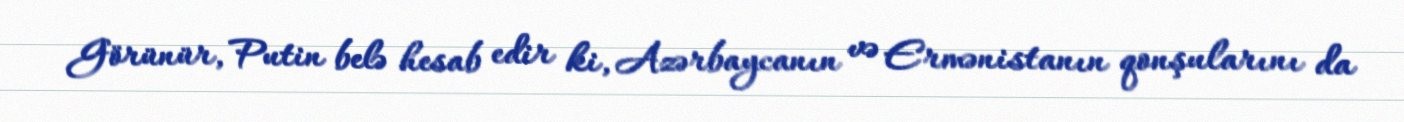
Görünür, Putin belə hesab edir ki, Azərbaycanın və Ermənistanın qonşularını da